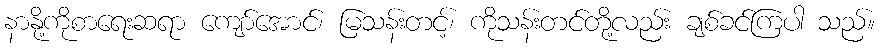
နာနို့ကိုစာရေးဆရာ ကျော်အောင်၊ မြသန်းတင့်၊ ကိုသန်းတင်တို့လည်း ချစ်ခင်ကြပါ သည်။